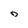
Character: O